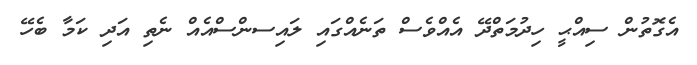
އެގޮތުން ސިއްޙީ ހިދުމަތްދޭ އެއްވެސް ތަނެއްގައި ލައިސންސްއެއް ނެތި އަދި ކަމާ ބެހޭ